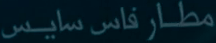
مطار فاس سايس